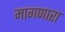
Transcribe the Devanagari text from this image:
मागणारा